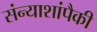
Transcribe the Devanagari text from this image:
संन्याशांपैकी